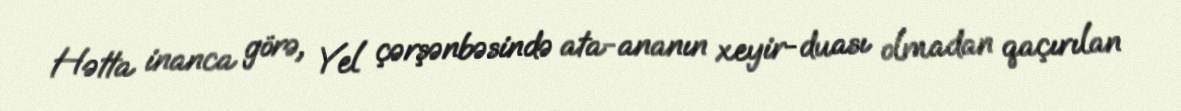
Hətta inanca görə, Yel çərşənbəsində ata-ananın xeyir-duası olmadan qaçırılan